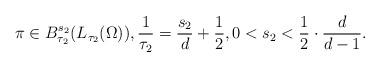
LaTeX: \begin{align*}\pi\in B^{s_2}_{\tau_2}(L_{\tau_2}(\Omega)),\frac{1}{\tau_2}=\frac{s_2}{d}+\frac{1}{2},0< s_2< \frac{1}{2}\cdot\frac{d}{d-1}.\end{align*}